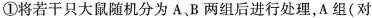
①将若干只大鼠随机分为A、B两组后进行处理，A组(对